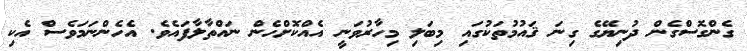
ގެންގޮސްގެން ދުނިޔޭގެ ގިނަ ޤައުމުތަކުގައި މިބަލި މިހާރުވަނީ އެއްކޮށްހެން ނައްތާލާފައެވެ. އެހެންނަމަވެސް އެކި